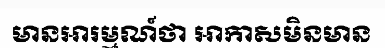
មានអារម្មណ៍ថា អាកាសមិនមាន